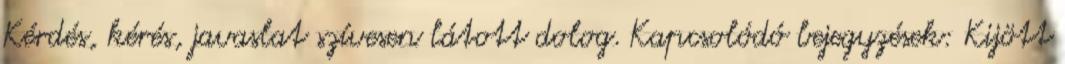
Kérdés, kérés, javaslat szívesen látott dolog. Kapcsolódó bejegyzések: Kijött